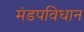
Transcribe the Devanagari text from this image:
मंडपविधान